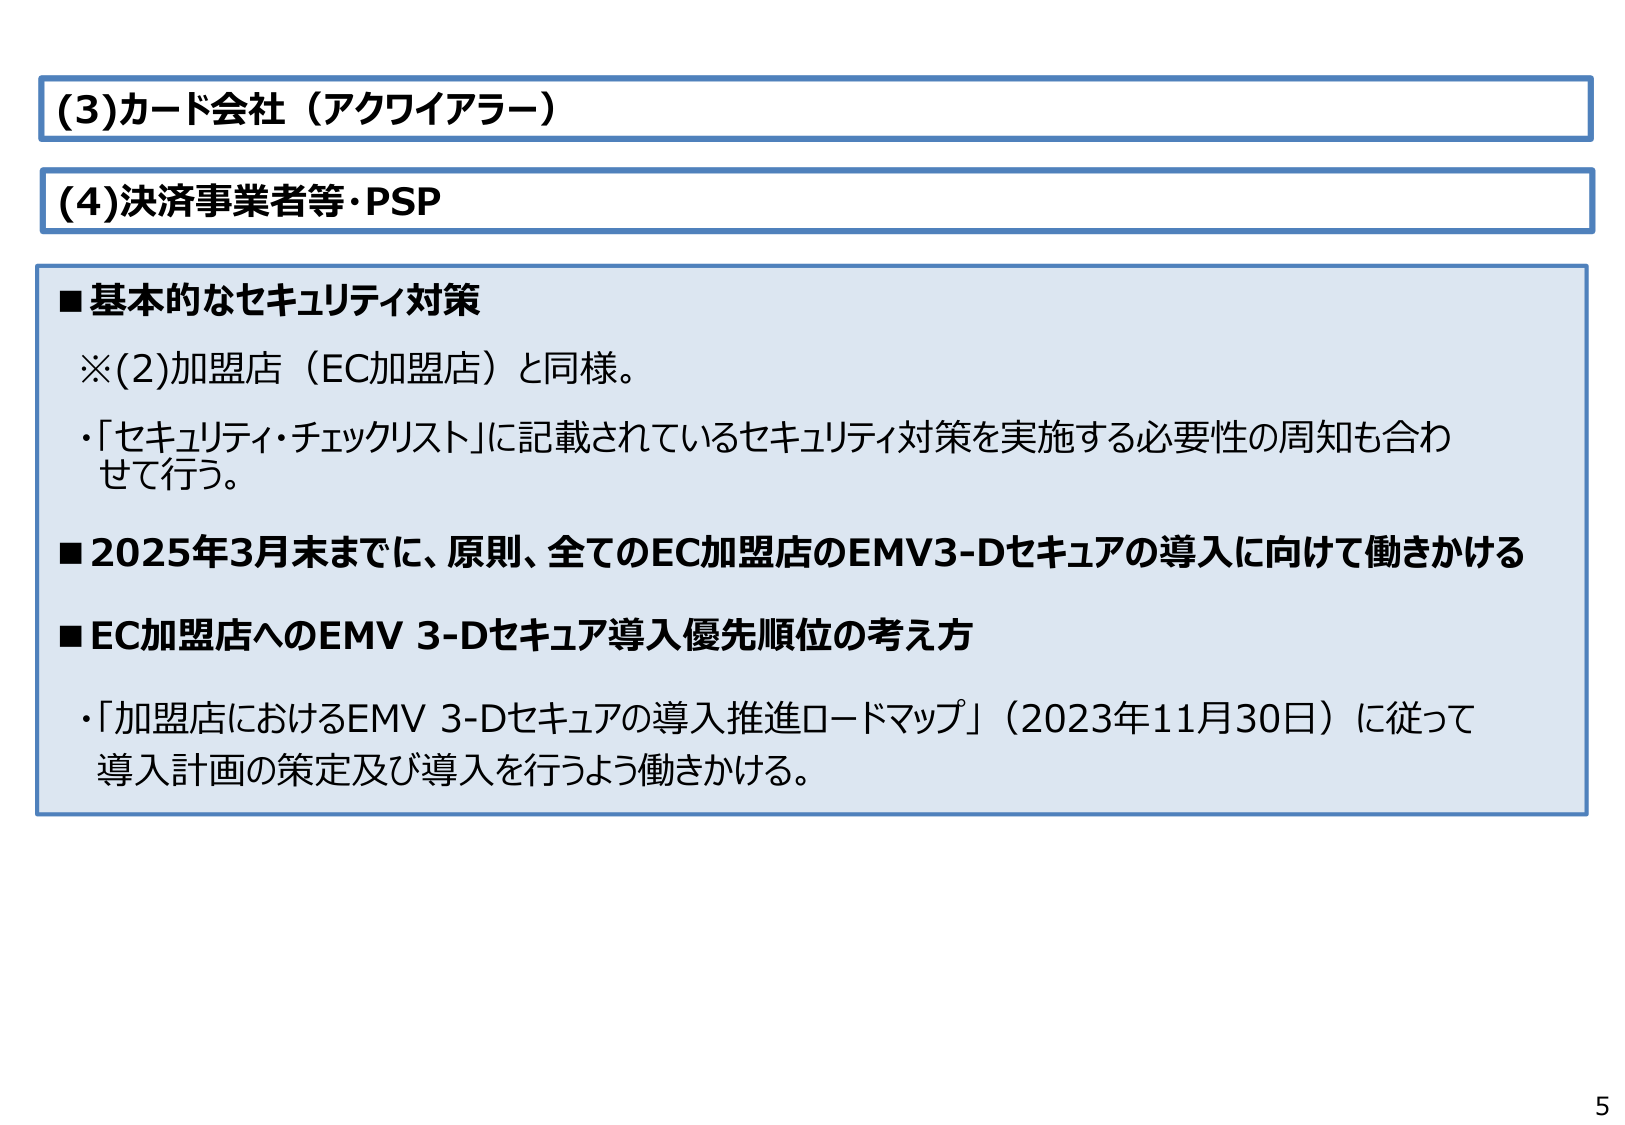
(3)カード会社（アクワイアラー）

(4)決済事業者等・PSP

■基本的なセキュリティ対策
※(2)加盟店（EC加盟店）と同様。
・「セキュリティ・チェックリスト」に記載されているセキュリティ対策を実施する必要性の周知も合わせて行う。

■2025年3月末までに、原則、全てのEC加盟店のEMV3-Dセキュアの導入に向けて働きかける

■EC加盟店へのEMV 3-Dセキュア導入優先順位の考え方
・「加盟店におけるEMV 3-Dセキュアの導入推進ロードマップ」（2023年11月30日）に従って導入計画の策定及び導入を行うよう働きかける。

5